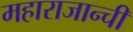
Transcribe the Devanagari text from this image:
महाराजान्ची